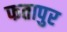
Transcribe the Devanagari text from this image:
फतापुर